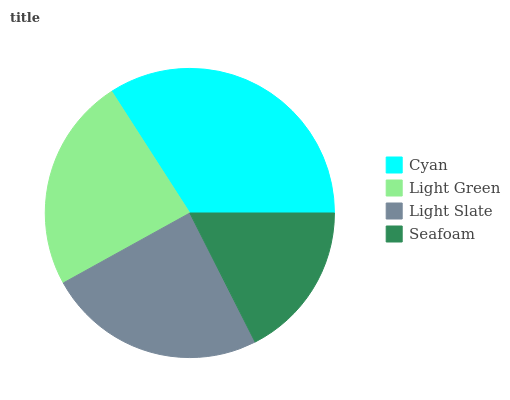
| Cyan | Light Green | Light Slate | Seafoam |
 | --- | --- | --- | --- |
 | 34.1% | 23.9% | 24.4% | 17.5% |